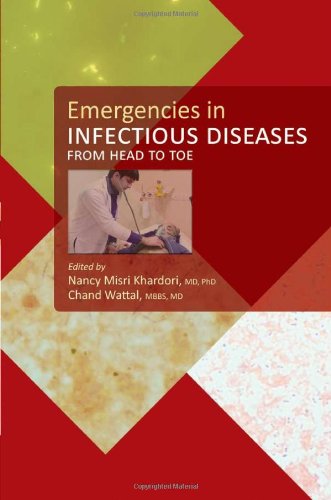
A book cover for Emergencies in INFECTIOUS DISEASES; Medical Books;